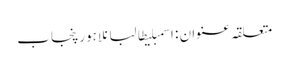
متعلقہ عنوان : اسمبلیطالبانلاہورپنجاب